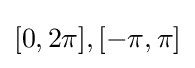
[0,2\pi ],[-\pi ,\pi ]